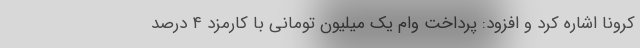
کرونا اشاره کرد و افزود: پرداخت وام یک میلیون تومانی با کارمزد ۴ درصد